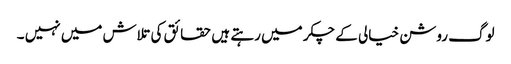
لوگ روشن خیالی کے چکر میں رہتے ہیں حقائق کی تلاش میں نہیں ۔